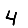
Digit: 4